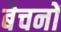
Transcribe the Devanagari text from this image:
बेचनों